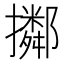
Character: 𢸜